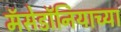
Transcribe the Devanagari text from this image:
मॅसेडॉनियाच्या